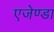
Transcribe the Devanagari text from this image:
एजेण्‍डा